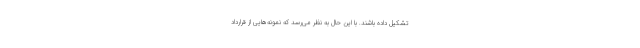
تشکیل داده باشند. با این حال به نظر می‌رسد که نمونه‌هایی از قرارداد